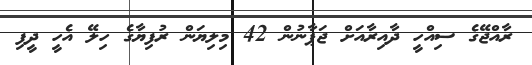
ރާއްޖޭގެ ސިއްހީ ދާއިރާއަށް ޖަޕާނުން 42 މިލިޔަން ރުފިޔާގެ ހިލޭ އެހީ ދީފި